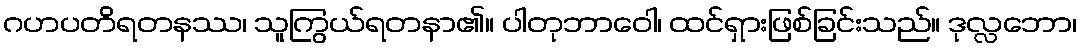
ဂဟပတိရတနဿ၊ သူကြွယ်ရတနာ၏။ ပါတုဘာဝေါ၊ ထင်ရှားဖြစ်ခြင်းသည်။ ဒုလ္လဘော၊